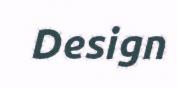
Design